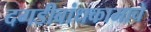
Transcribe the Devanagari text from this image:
दगडीबांधकामाचे